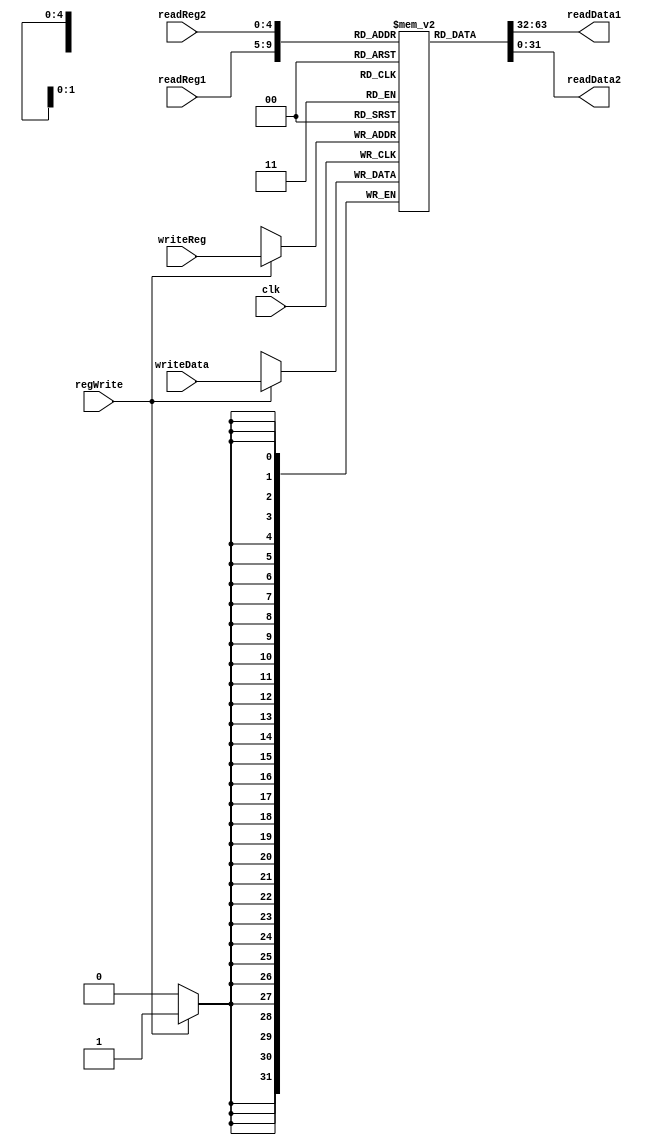
module reg_file(
    input clk,
    input regWrite,
    //input wire regInit,
    input [4:0] readReg1,
    input [4:0] readReg2,
    input [4:0] writeReg,
    input [31:0] writeData,
    output reg [31:0] readData1, 
    output reg [31:0] readData2
    );

reg [31:0] regFile [31:0];

	integer i;
	initial begin
		for (i=0; i<32; i=i+1) begin
			regFile[i] <=0;
		end
	end

always@(readReg1 or readReg2 or regFile)
begin
    readData1 <= regFile[readReg1];
    readData2 <= regFile[readReg2];
end


// Register only updates when regWrite control signal enabled
// When regInit true, initialize all registers to 0 (avoids using for-loop)
always@(posedge clk) 
begin
    if(regWrite)
        regFile[writeReg] <= writeData;
	/*if (regInit) begin
	    regFile[31] <= 32'h00000000;
		regFile[30] <= 32'h00000000;
		regFile[29] <= 32'h00000000;
		regFile[28] <= 32'h00000000;
		regFile[27] <= 32'h00000000;
		regFile[26] <= 32'h00000000;
		regFile[25] <= 32'h00000000;
		regFile[24] <= 32'h00000000;
		regFile[23] <= 32'h00000000;
		regFile[22] <= 32'h00000000;
		regFile[21] <= 32'h00000000;
		regFile[20] <= 32'h00000000;
		regFile[19] <= 32'h00000000;
		regFile[18] <= 32'h00000000;
		regFile[17] <= 32'h00000000;
		regFile[16] <= 32'h00000000;
		regFile[15] <= 32'h00000000;
		regFile[14] <= 32'h00000000;
		regFile[13] <= 32'h00000000;
		regFile[12] <= 32'h00000000;
		regFile[11] <= 32'h00000000;
		regFile[10] <= 32'h00000000;
		regFile[9] <= 32'h00000000;
		regFile[8] <= 32'h00000000;
		regFile[7] <= 32'h00000000;
		regFile[6] <= 32'h00000000;
		regFile[5] <= 32'h00000000;
		regFile[4] <= 32'h00000000;
		regFile[3] <= 32'h00000000;
		regFile[2] <= 32'h00000000;
		regFile[1] <= 32'h00000000;
		regFile[0] <= 32'h00000000;
	end */
end

endmodule